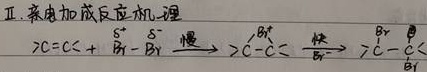
Ⅱ. 亲电加成反应机理
\(\mathrm{C}=\mathrm{C}+\overset{\delta^{+}}{\mathrm{Br}}-\overset{\delta^{-}}{\mathrm{Br}}\xrightarrow{\text{慢}}\overset{\mathrm{Br}^{+}}{\mathrm{C}}-\mathrm{C}\xrightarrow{\text{快}}\overset{\mathrm{Br}}{\underset{\mathrm{Br}}{\mathrm{C}}}-\mathrm{C}\)